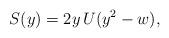
LaTeX: \begin{align*}S(y) = 2y\,U(y^2 - w),\end{align*}